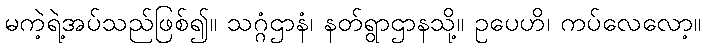
မကဲ့ရဲ့အပ်သည်ဖြစ်၍။ သဂ္ဂံဌာနံ၊ နတ်ရွာဌာနသို့။ ဥပေဟိ၊ ကပ်လေလော့။